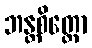
ဘန္တစိတ္တော